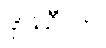
ဒုဿီလာ